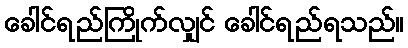
ခေါင်ရည်ကြိုက်လျှင် ခေါင်ရည်ရသည်။